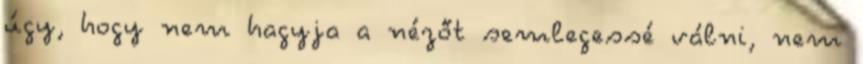
úgy, hogy nem hagyja a nézőt semlegessé válni, nem